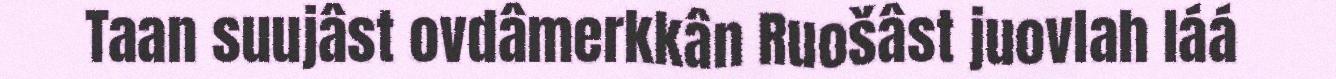
Taan suujâst ovdâmerkkân Ruošâst juovlah láá